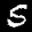
Label: 5